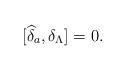
LaTeX: \begin{align*}\lbrack \widehat{\delta }_{a},\delta _{\Lambda }]=0. \end{align*}